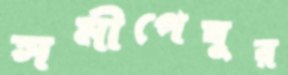
সমীপেষুর